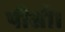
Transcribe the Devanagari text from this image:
पीसी।